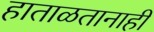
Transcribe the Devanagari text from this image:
हाताळतानाही